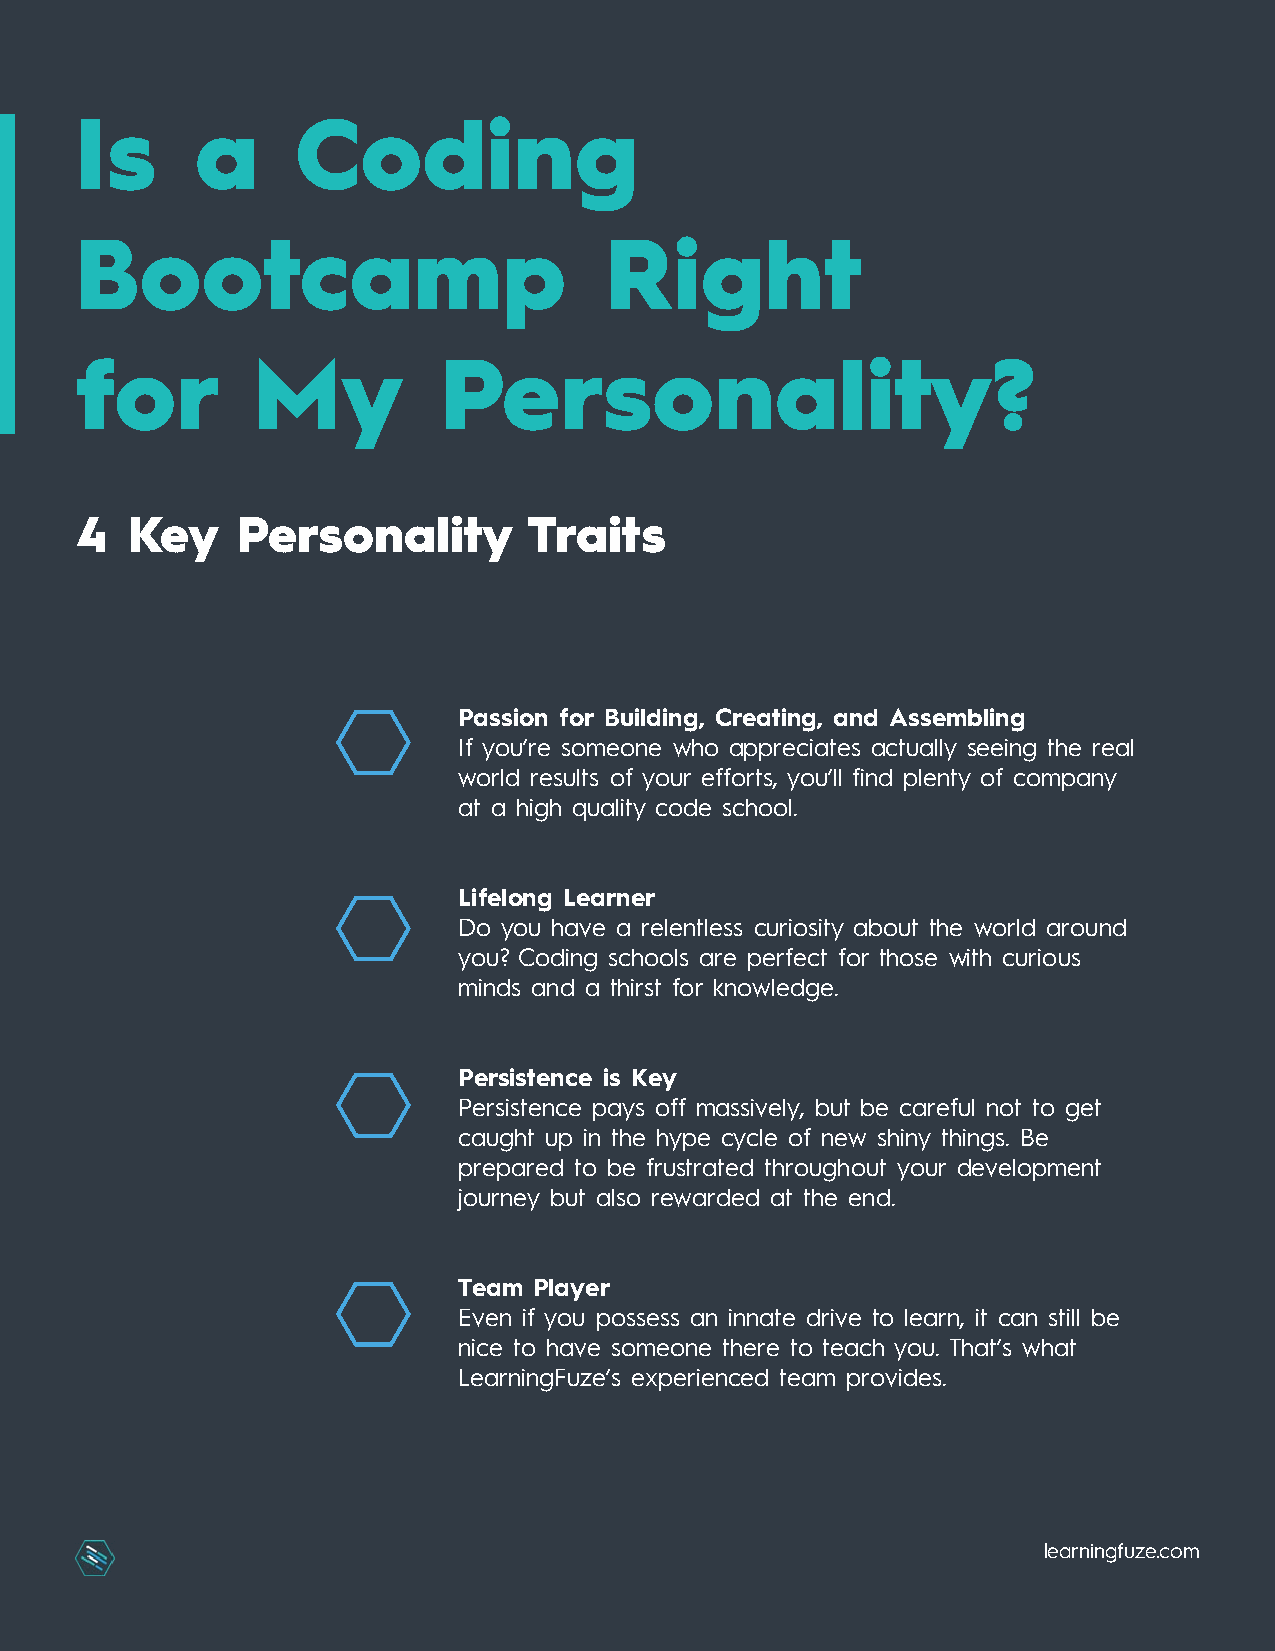
Is      a      Coding
 Bootcamp                           Right
 for         My          Personality?
 4   Key    Personality        Traits
 Passion for Building, Creating, and Assembling
 If you’re someone who appreciates actually seeing the real
 world results of your efforts, you’ll find plenty of company
 at a high quality code school.
 Lifelong Learner
 Do you have a relentless curiosity about the world around
 you? Coding schools are perfect for those with curious
 minds and a thirst for knowledge.
 Persistence is Key
 Persistence pays off massively, but be careful not to get
 caught up in the hype cycle of new shiny things. Be
 prepared to be frustrated throughout your development
 journey but also rewarded at the end.
 Team Player
 Even if you possess an innate drive to learn, it can still be
 nice to have someone there to teach you. That’s what
 LearningFuze’s experienced team provides.
 lleeaarrnniinnggffuuzzee..ccoomm